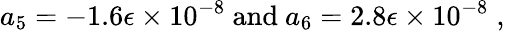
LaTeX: a_{5}=-1.6\epsilon\times 10^{-8}\mathrm{~and~}a_{6}=2.8\epsilon\times 10^{-8}\; ,